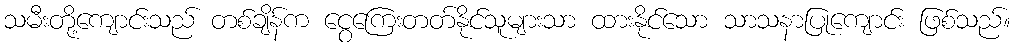
သမီးတို့ကျောင်းသည် တစ်ချိန်က ငွေကြေးတတ်နိုင်သူများသာ ထားနိုင်သော သာသနာပြုကျောင်း ဖြစ်သည်။